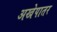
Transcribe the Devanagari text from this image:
अखेपातर